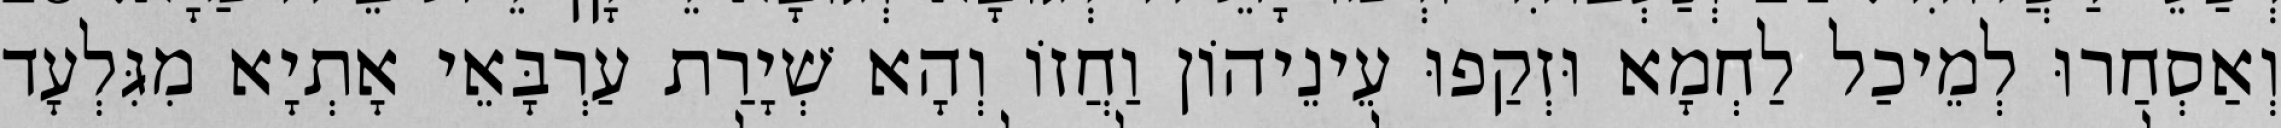
וְאַסְחַרוּ לְמֵיכַל לַחְמָא וּזְקַפוּ עֵינֵיהוֹן וַחֲזוֹ וְהָא שְׁיָרַת עַרְבָּאֵי אָתְיָא מִגִּלְעָד